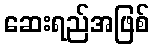
ဆေးရည်အဖြစ်